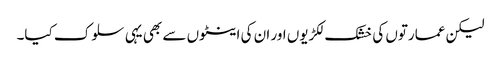
لیکن عمارتوں کی خشک لکڑیوں اور ان کی اینٹوں سے بھی یہی سلوک کیا۔